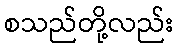
စသည်တို့လည်း